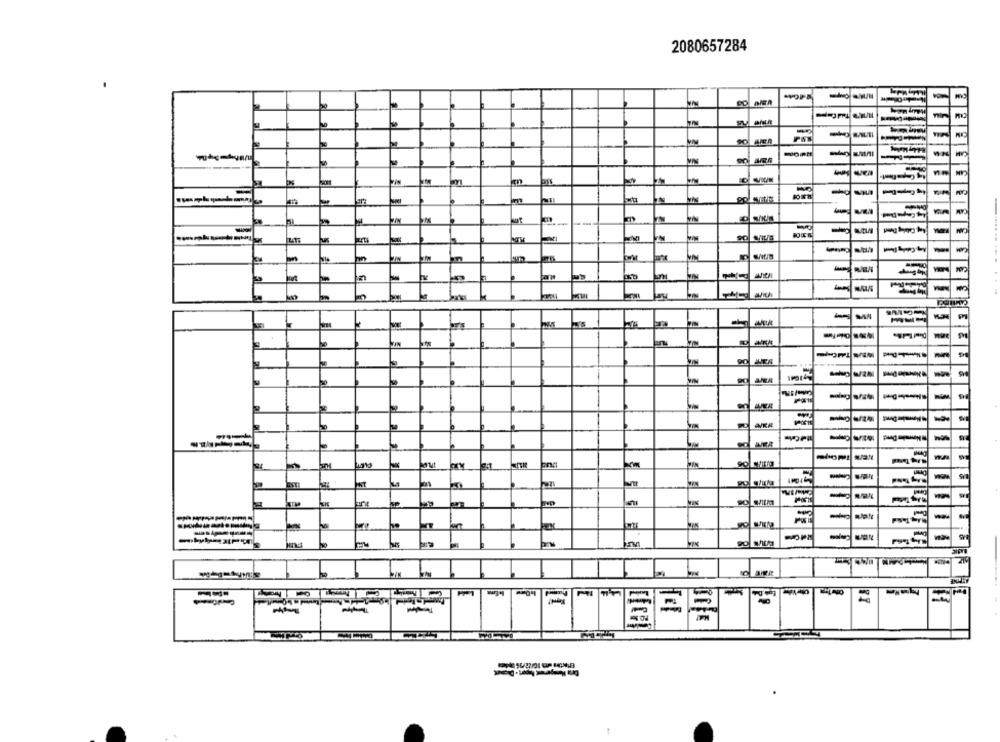
2080657284
--
CAM
-
m
-
CAM
--
-
---
-
-
-
---
-
-
20
-
9
-
-
-
-
------
=